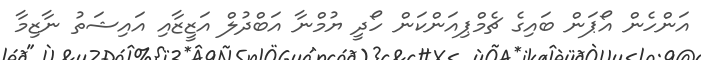
އަންހެން އޯޕަން ބައިގެ ޗެމްޕިއަންކަން ހޯދީ ޔުމްނާ އަބްދުލް އަޒީޒާއި އައިޝަތު ނާޒިމާ